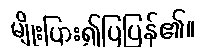
မျိုးပြား၍ပြပြန်၏။